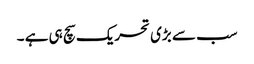
سب سے بڑی تحریک سچ ہی ہے ۔